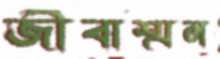
জীবাশ্মন